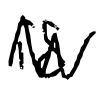
Text: is
Cross-out: zig-zag
Writing tool: digital_black